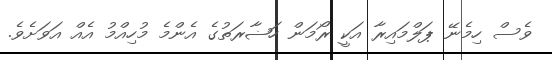
ވެސް ހިމެނޭ ޕަލްމައިރާ އަކީ ރޯމަން ހަޟާރަތުގެ އެންމެ މުހިއްމު އެއް އަވަށެވެ.